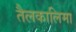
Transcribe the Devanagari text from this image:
तैलकालिमा